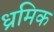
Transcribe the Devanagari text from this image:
ध्रमिक